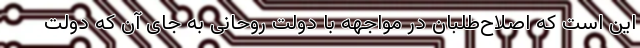
این است که اصلاح‌طلبان در مواجهه با دولت روحانی به جای آن که دولت